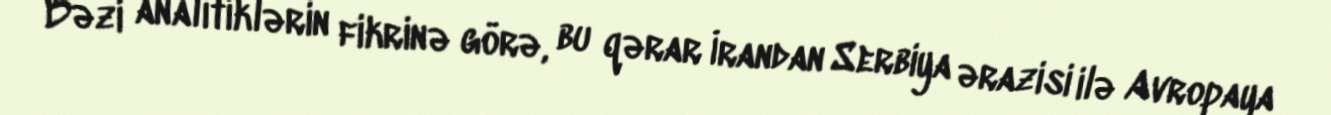
Bəzi analitiklərin fikrinə görə, bu qərar İrandan Serbiya ərazisi ilə Avropaya